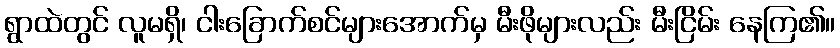
ရွာထဲတွင် လူမရှိ၊ ငါးခြောက်စင်များအောက်မှ မီးဖိုများလည်း မီးငြိမ်း နေကြ၏။